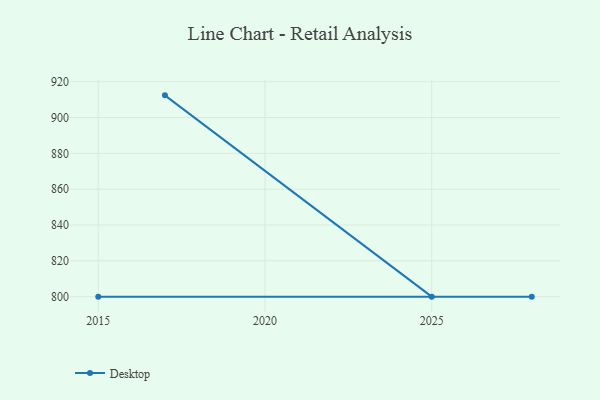
{"axis": {"x": "Year", "y": "Production Output"}, "legend": ["Desktop"], "data": [{"x": "2017", "y": 912.4, "type": "Desktop"}, {"x": "2025", "y": 800, "type": "Desktop"}, {"x": "2028", "y": 800, "type": "Desktop"}, {"x": "2015", "y": 800, "type": "Desktop"}]}